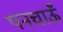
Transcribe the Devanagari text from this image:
पनचाऊँ